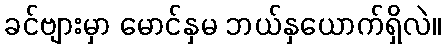
ခင်ဗျားမှာ မောင်နှမ ဘယ်နှယောက်ရှိလဲ။